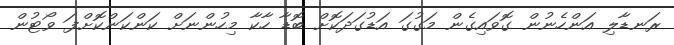
ރަނޑާލި އަންހެނުން ގޮވައިގެން މަގުގަ އަޑުގަދަކޮށް ބޮޑާ ހާކާ މިހުންނަށް ކަންކަންކޮށްފަ ވޯޓުން